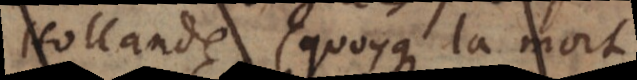
Hollande, (quoyque la mort